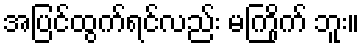
အပြင်ထွက်ရင်လည်း မကြိုက် ဘူး။